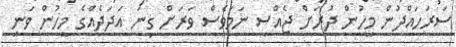
ސަރަހައްދުން މީހުން ދުރަށް ޖެއްސި ނަމަވެސް ވަރަށް ގިނަ އަދަދެއްގެ މީހުން ވަނީ